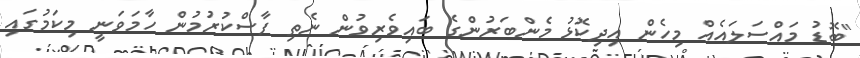
"ބޮޑު މައްސަލައެއް މިހެން އިދިކޮޅު މެންބަރުންގެ ބައިވެރިވުން ނެތި ފާސްކުރުމުން ހާމަވަނީ މިކަމުގައި